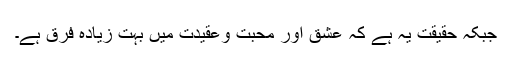
جبکہ حقیقت یہ ہے کہ عشق اور محبت وعقیدت میں بہت زیادہ فرق ہے۔